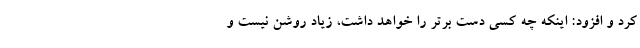
کرد و افزود: اینکه چه کسی دست برتر را خواهد داشت، زیاد روشن نیست و